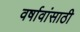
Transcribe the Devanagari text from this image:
वर्षावांसाठी